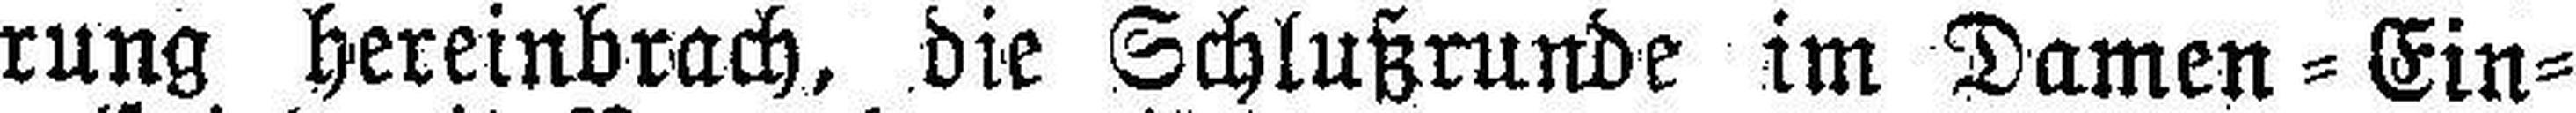
rung hereinbrach, die Schlußrunde im Damen=Ein¬